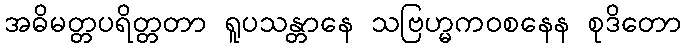
အဓိမတ္တပရိတ္တတာ ရူပသန္တာနေ သဗြဟ္မကဝစနေန စုဒိတော